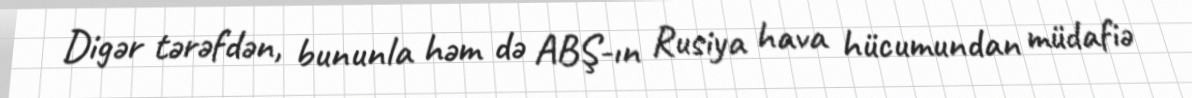
Digər tərəfdən, bununla həm də ABŞ-ın Rusiya hava hücumundan müdafiə